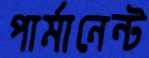
পার্মানেন্ট